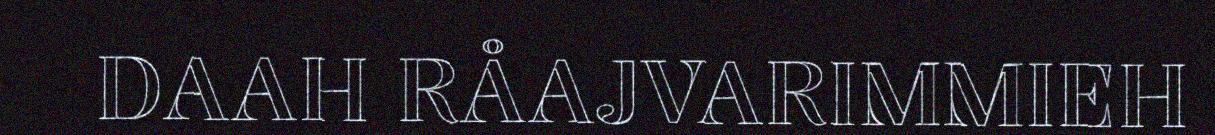
DAAH RÅAJVARIMMIEH